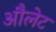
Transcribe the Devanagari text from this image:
औलेट